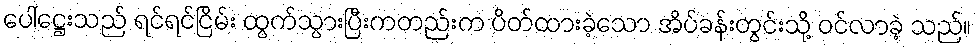
ပေါ်ဋ္ဌေးသည် ရင်ရင်ငြိမ်း ထွက်သွားပြီးကတည်းက ပိတ်ထားခဲ့သော အိပ်ခန်းတွင်းသို့ ဝင်လာခဲ့ သည်။